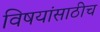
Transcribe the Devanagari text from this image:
विषयांसाठीच